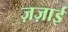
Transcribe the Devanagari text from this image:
ज़ज़ाई